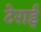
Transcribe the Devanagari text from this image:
टेराई